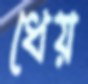
ধেয়